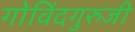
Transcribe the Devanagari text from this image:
गोविंदगुरुजी